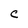
Character: C